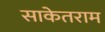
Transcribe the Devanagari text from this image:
साकेतराम